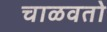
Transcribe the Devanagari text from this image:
चाळवतो